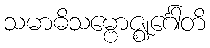
သမာဓိသမ္ဗောဇ္ဈင်္ဂေါတိ